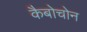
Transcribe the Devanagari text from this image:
कैबोचोन